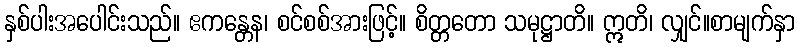
နှစ်ပါးအပေါင်းသည်။ ဧကန္တေန၊ စင်စစ်အားဖြင့်။ စိတ္တတော သမုဋ္ဌာတိ။ ဣတိ၊ လျှင်။စာမျက်နှာ